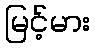
မြင့်မား